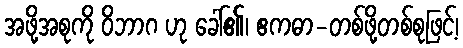
အဖို့အစုကို ဝိဘာဂ ဟု ခေါ်၏၊ ဧကဓာ-တစ်ဖို့တစ်စုဖြင့်၊